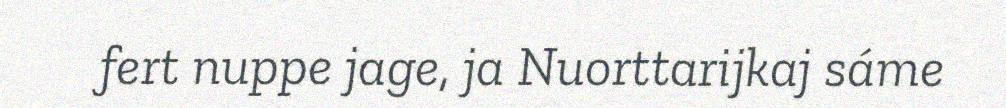
fert nuppe jage, ja Nuorttarijkaj sáme